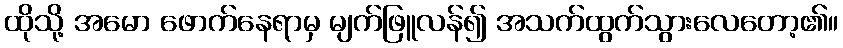
ထိုသို့ အမော ဖောက်နေရာမှ မျက်ဖြူလန်၍ အသက်ထွက်သွားလေတော့၏။